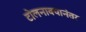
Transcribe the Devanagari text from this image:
टोलनाक्यानंतर